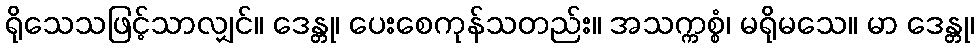
ရိုသေသဖြင့်သာလျှင်။ ဒေန္တု၊ ပေးစေကုန်သတည်း။ အသက္ကစ္စံ၊ မရိုမသေ။ မာ ဒေန္တု၊